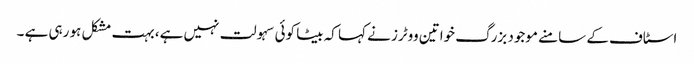
اسٹاف کے سامنے موجود بزرگ خواتین ووٹرز نے کہا کہ بیٹا کوئی سہولت نہیں ہے، بہت مشکل ہو رہی ہے ۔